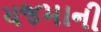
યજમાની